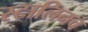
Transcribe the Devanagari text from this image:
स्टालिनच